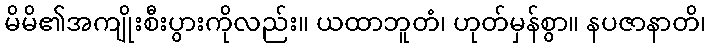
မိမိ၏အကျိုးစီးပွားကိုလည်း။ ယထာဘူတံ၊ ဟုတ်မှန်စွာ။ နပဇာနာတိ၊